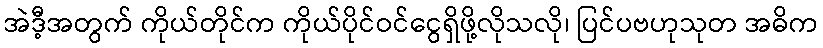
အဲဒီ့အတွက် ကိုယ်တိုင်က ကိုယ်ပိုင်ဝင်ငွေရှိဖို့လိုသလို၊ ပြင်ပဗဟုသုတ အဓိက